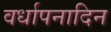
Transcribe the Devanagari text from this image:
वर्धापनादिन